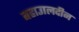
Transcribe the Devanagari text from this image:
बहाउालदीन